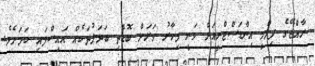
ރާއްޖޭގެ ފިލްމީ އިންޑަސްޓްރީއަށް ވަނީ މިހާރު ވަރަށް ބޮޑެތި ބަދަލުތަކެއް އައިސްފައި ކަމަށެވެ.